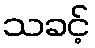
သခင့်